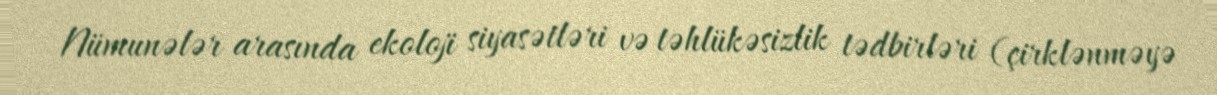
Nümunələr arasında ekoloji siyasətləri və təhlükəsizlik tədbirləri (çirklənməyə